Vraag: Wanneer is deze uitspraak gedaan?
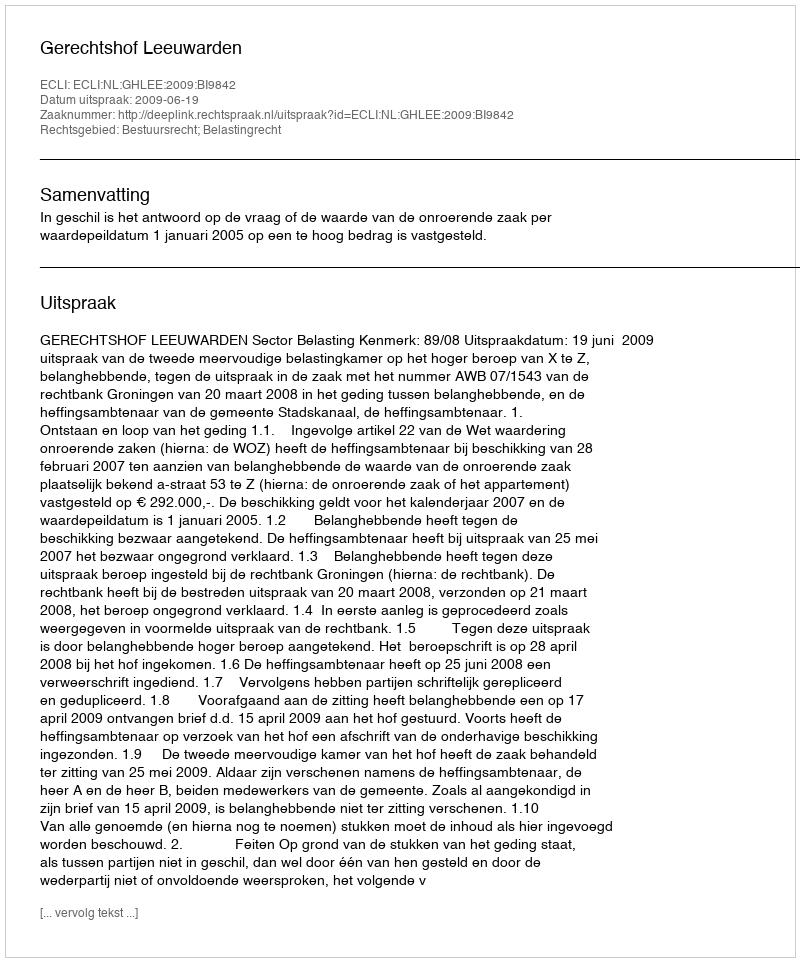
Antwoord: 2009-06-19